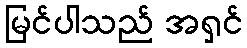
မြင်ပါသည် အရှင်